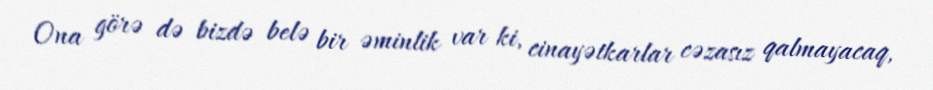
Ona görə də bizdə belə bir əminlik var ki, cinayətkarlar cəzasız qalmayacaq,